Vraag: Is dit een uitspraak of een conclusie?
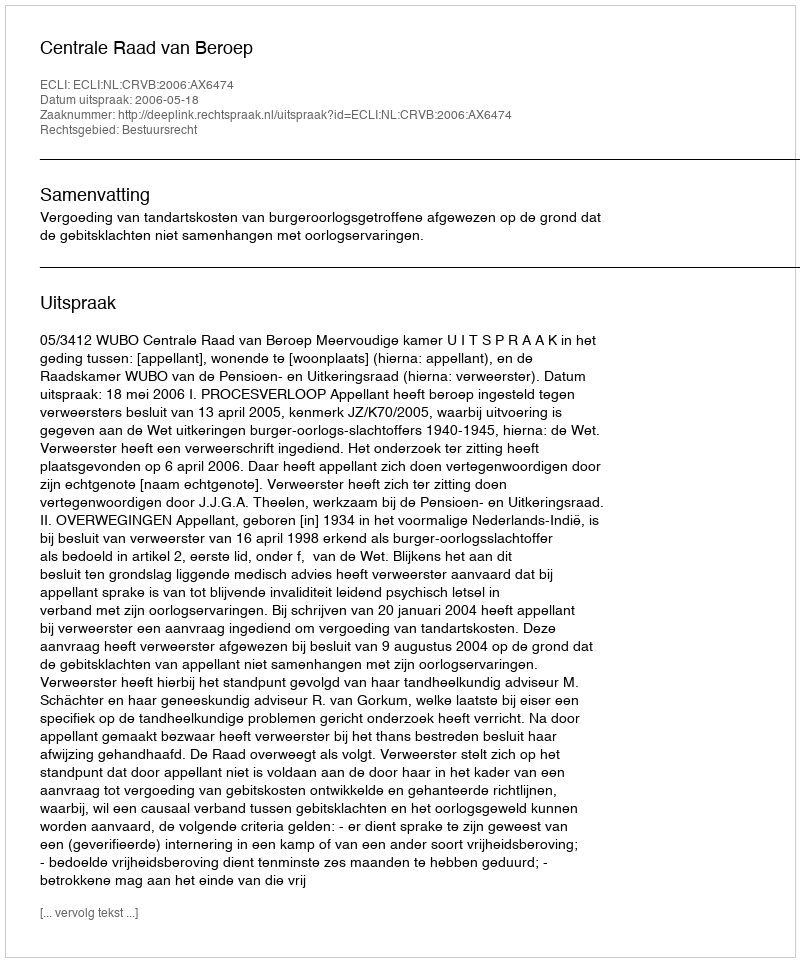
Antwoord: Uitspraak